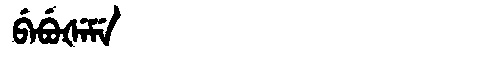
Manchu: ᠪᡝᠪᡠᡧᡝᠮᡝ
Romanization: BEBUŠEME